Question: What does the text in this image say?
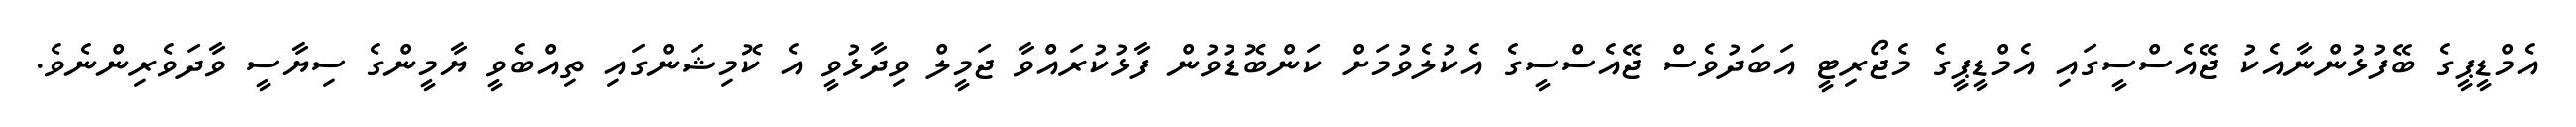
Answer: އެމްޑީޕީގެ ބޭފުޅުންނާއެކު ޖޭއެސްސީގައި އެމްޑީޕީގެ މެޖޯރިޓީ އަބަދުވެސް ޖޭއެސްސީގެ އެކުލެވުމަށް ކަންބޮޑުވުން ފާޅުކުރައްވާ ޖަމީލް ވިދާޅުވީ އެ ކޮމިޝަންގައި ތިއްބެވީ ޔާމީންގެ ސިޔާސީ ވާދަވެރިންނެވެ.